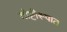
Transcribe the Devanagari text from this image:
गोष्टीरूपात